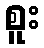
စူး